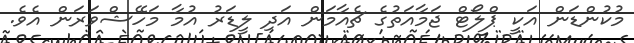
މުކުންޑަން އަކީ ޕްލޯޓް ޖަމާއަތުގެ ޗެއާމަން އަދި ލީޑަރު އުމާ މަހޭޝްވަރަން އެވެ.